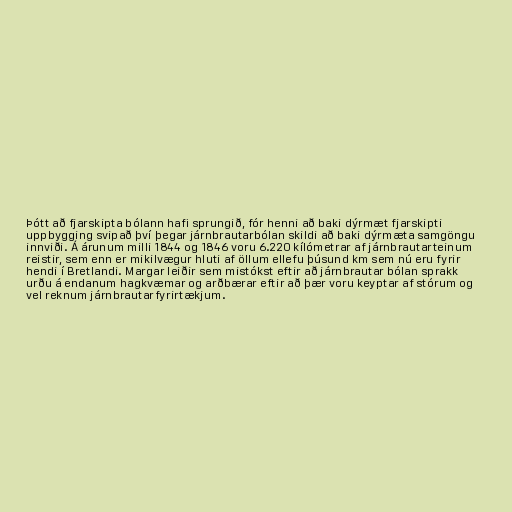
Þótt að fjarskipta bólann hafi sprungið, fór henni að baki dýrmæt fjarskipti
uppbygging svipað því þegar járnbrautarbólan skildi að baki dýrmæta samgöngu
innviði. Á árunum milli 1844 og 1846 voru 6.220 kílómetrar af járnbrautarteinum
reistir, sem enn er mikilvægur hluti af öllum ellefu þúsund km sem nú eru fyrir
hendi í Bretlandi. Margar leiðir sem mistókst eftir að járnbrautar bólan sprakk
urðu á endanum hagkvæmar og arðbærar eftir að þær voru keyptar af stórum og
vel reknum járnbrautarfyrirtækjum.